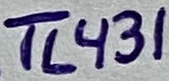
Text: TL431